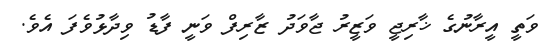
ވަތީ އީރާނުގެ ޚާރިޖީ ވަޒީރު ޖާވަދު ޒާރިފް ވަނީ ފާޑު ވިދާޅުވެފަ އެވެ.